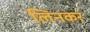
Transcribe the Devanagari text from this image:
लिनकर